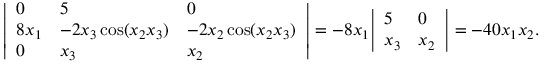
{ \left| \begin{array} { l l l } { 0 } & { 5 } & { 0 } \\ { 8 x _ { 1 } } & { - 2 x _ { 3 } \cos ( x _ { 2 } x _ { 3 } ) } & { - 2 x _ { 2 } \cos ( x _ { 2 } x _ { 3 } ) } \\ { 0 } & { x _ { 3 } } & { x _ { 2 } } \end{array} \right| } = - 8 x _ { 1 } { \left| \begin{array} { l l } { 5 } & { 0 } \\ { x _ { 3 } } & { x _ { 2 } } \end{array} \right| } = - 4 0 x _ { 1 } x _ { 2 } .